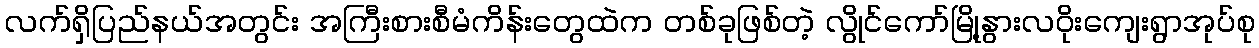
လက်ရှိပြည်နယ်အတွင်း အကြီးစားစီမံကိန်းတွေထဲက တစ်ခုဖြစ်တဲ့ လွိုင်ကော်မြို့နွားလဝိုးကျေးရွာအုပ်စု